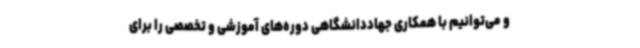
و می‌توانیم با همکاری جهاددانشگاهی دوره‌های آموزشی و تخصصی را برای